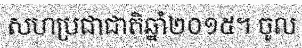
សហប្រជាជាតិឆ្នាំ២០១៥។ ចូល